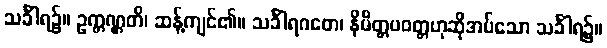
သင်္ခါရ၌။ ဥက္ကဏ္ဌတိ၊ ဆန့်ကျင်၏။ သင်္ခါရဂတေ၊ နိမိတ္တပဝတ္တဟုဆိုအပ်သော သင်္ခါရ၌။